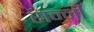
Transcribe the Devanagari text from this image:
रान्नी